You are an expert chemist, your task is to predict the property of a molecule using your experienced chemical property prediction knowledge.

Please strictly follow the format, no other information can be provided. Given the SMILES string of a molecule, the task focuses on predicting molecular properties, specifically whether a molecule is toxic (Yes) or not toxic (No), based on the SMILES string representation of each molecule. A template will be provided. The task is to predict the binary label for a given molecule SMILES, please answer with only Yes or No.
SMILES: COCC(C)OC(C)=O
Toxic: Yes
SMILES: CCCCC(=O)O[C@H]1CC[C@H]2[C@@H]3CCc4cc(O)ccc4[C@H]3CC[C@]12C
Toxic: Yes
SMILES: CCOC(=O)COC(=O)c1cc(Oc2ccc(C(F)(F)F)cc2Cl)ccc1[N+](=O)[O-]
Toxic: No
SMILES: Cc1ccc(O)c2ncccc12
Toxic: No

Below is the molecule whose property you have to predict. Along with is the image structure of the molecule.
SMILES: CCCC[N+]1(C)CCCC1
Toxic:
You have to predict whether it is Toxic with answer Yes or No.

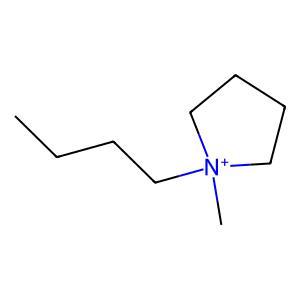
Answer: No